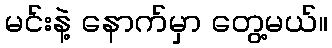
မင်းနဲ့ နောက်မှာ တွေ့မယ်။